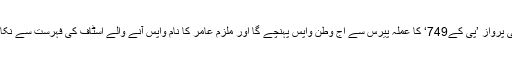
پی آئی اے کی پرواز ’پی کے749‘ کا عملہ پیرس سے آج وطن واپس پہنچے گا اور ملزم عامر کا نام واپس آنے والے اسٹاف کی فہرست سے نکال دیا گیا ہے۔